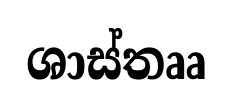
ශාස්තෲ